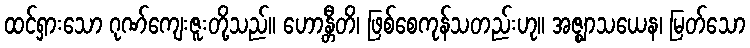
ထင်ရှားသော ဂုဏ်ကျေးဇူးတို့သည်။ ဟောန္တီတိ၊ ဖြစ်စေကုန်သတည်းဟု။ အဇ္ဈာသယေန၊ မြတ်သော